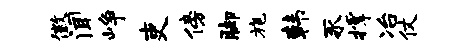
徽闻峥吏傍脚旄韩豕撑冶仗